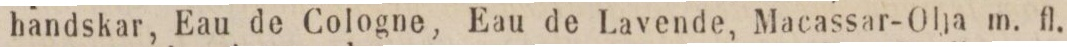
handskar, Eau de Cologne, Eau de Lavende, Macassar-Olja m. fl.